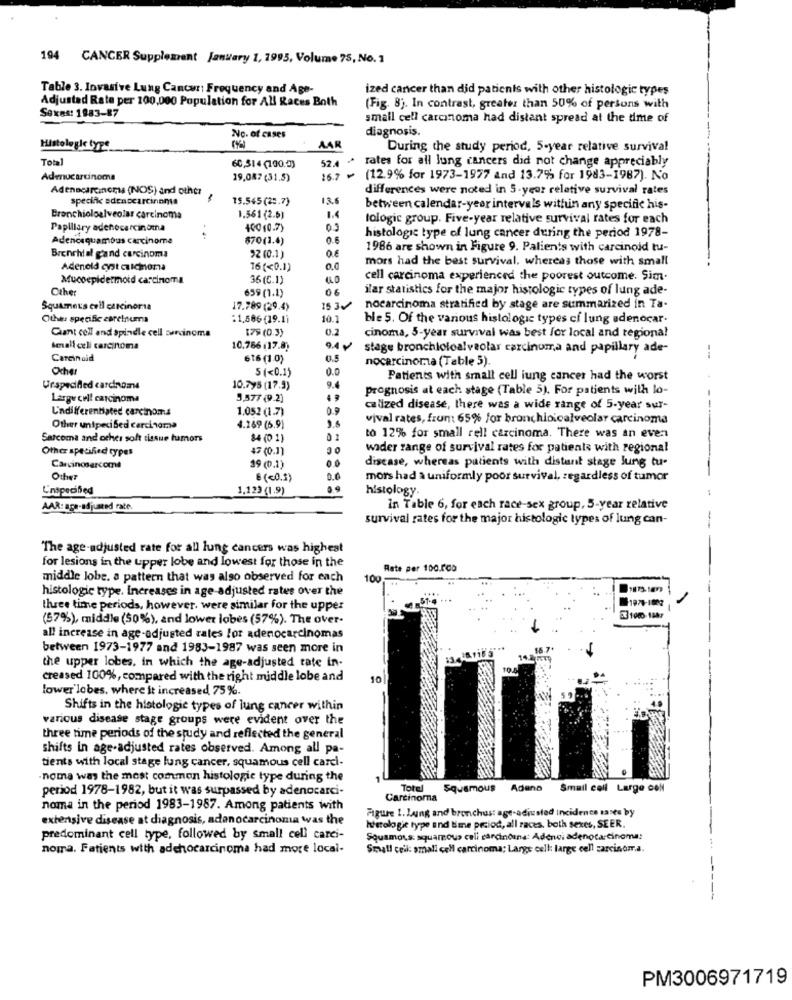
194 CANCER Supplement January 1, 1995, Volume 75, No. 1
Table 3. Invasive Lung Cancer: Frequency and Age-
ized cancer than did patients with other histologic types
Adjustad Rate per 100,000 Population for All Races Both
Sexes: 1883-87
(Fig. 8). In contrast, greater than 50% of persons with
small cell carcinoma had distant spread at the time of
diagnosis.
No. of cases
Histologie type
AAR
During the study period, 5-year relative survival
Total
60,514(130.0)
52.4 + rates for all lung cancers did not change appreciably
Admucarcinoma
19,087 (31,5)
16.7 ~ (12.9% for 1973-1977 and 13.7% for 1983-1987). No
Adenocarcinoma (NOS) and other
differences were noted in 5-year relative survival rates
specific adenocarcinoma
19.545 (25.7)
13.6
between calendar-year intervals within any specific his-
Bronchioloalveolar carcinoma
1.561 (2.6)
1.4
tologic group. Five-year relative survival rates for each
Papillary adenocarcinoma
400 (0.7)
0.3
Adencequambas carcinoma
:
870(1.4)
0.6
histologic type of lung cancer during the period 1978-
Bronchial gand carcinoma
1986 are shown in Figure 9. Palients with carcinoid tu-
92 (0.1)
mors had the best survival, whereas those with small
Adenold cyst aiciona
16(<0.1)
Mucoepidermoid carcinoma
36 (C.1)
cell carcinoma experienced the poorest outcome. Sim-
Other
ilar statistics for the major histologic types of lung ade-
659 (1.1)
Squamous cell carcinoria
17.789 (29.4)
1534
nocarcinoma stratified by stage are summarized in Ta-
Other specific carelnuma
.1,686 (19.11
10.1
ble 5. Of the various histologic types ci lung adenocar.
Giant cell and spindle cell carcinoma
179 (0.3)
0.2
cinoma, 5-year survival was best for local and tegiona!
Senali celi carcinoma
10.786 (17.8)
9.4
stage bronchioloalveolar carcinoma and papillary ade-
Carcinoid
616 (10)
0.5
nocarcinoma (Table 5)
Ocher
5 (<0.15
0.0
Patients with small cell lung cancer had the worst
Urspecified carcinome
10.795 (17.9)
9.4
prognosis at each stage (Table 5). For patients with lo-
Large cell carcinoma
5.377 (9.2)
4,
Undifferentiated carcinoma
1.052 (1.7)
0.9
calized disease, there was a wide range of 5-year sur-
vival rates, frun: 65% for bronchioicalveolar carcinoma
Other unipeci Sed carcinoma
4.269 (6.9)
Sarcoma and other soft tissue tumors
84 (0 1)
01
to 12% for small rell carcinoma. There was an even
Other specified types
47 (0.1)
wider range of survival rates for patients with regional
00
disease, whereas patients with distant stage Jung tu-
Carcinosarcoma
19 (0.1)
Other
6 (<0.3)
0.0
mors had a uniformly poor survival, regardless of tumor
L'inspecified
1,123 (1.9)
09
histology.
AAR: age-adjusted rate.
in Table 6, for each race-sex group, 5-year relative
survival rates for the major histologic types of lung can-
The age-adjusted rate for all lung cancers was highest
for lesions in the upper lobe and lowest for those in the
Rate per 100.000
middle lobe, a pattern that was also observed for each
100
histologic type. Increases in age adjusted rates over the
three time periods, however. were similar for the upper
1970-1003
(57%), middle (50%), and lower lobes (57%). The over-
1080-1987
all increase in age-adjusted rates for adenocarcinomas
between 1973-1977 and 1983-1987 was seen more in
the upper lobes, in which the age-adjusted tate in-
creased 100%, compared with the right middle lobe and
10
lower lobes, where it increased 75%.
Shifts in the histologie types of lung cancer within
various disease stage groups were evident over the
three time periods of the study and reflected the general
shifts in age-adjusted rates observed. Among all pa-
tients with local stage lung cancer, squamous cell carci-
.noma was the most common histologie type during the
period 1978-1982, but it was surpassed by adenocarci-
Total
Squamous
Adana
Small cell Large coll
Carcinoma
noma in the period 1983-1987. Among patients with
Figure 1. Laing and bronchus: age-adiusted incidence taste by
extensive disease at diagnosis, adenocarcinoma was the
histologie type and time period, all races, both sexes, SEER.
predominant cell type, followed by small cell carci-
Squamous: squamous cell carcinozna: Adenoi adenocarcinoma:
noma. Patients with adenocarcinoma had more local-
Small cell: small cell carcinoma; Large cell: large cell carcinoma.
PM3006971719